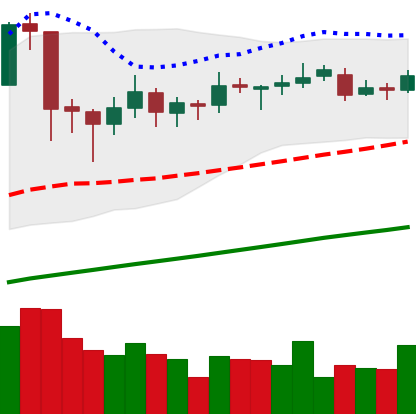
Ticker: ETC-USD
Chart end date: 2019-06-21
Forward return: 3.669%
Label: up_3_5